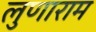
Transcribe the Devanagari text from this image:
लुणाराम